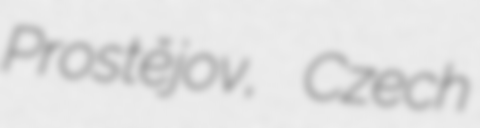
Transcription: Prostějov, Czech